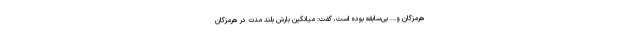
هرمزگان و... بی‌سابقه بوده است، گفت: میانگین بارش بلند مدت در هرمزگان